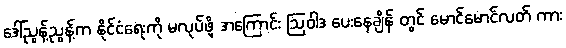
ဒေါ်ညွန့်ညွန့်က နိုင်ငံရေးကို မလုပ်ဖို့ အကြောင်း ဩဝါဒ ပေးနေချိန် တွင် မောင်မောင်လတ် ကား